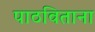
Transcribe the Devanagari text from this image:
पाठविताना